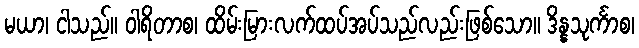
မယာ၊ ငါသည်။ ဝါရိတာစ၊ ထိမ်းမြားလက်ထပ်အပ်သည်လည်းဖြစ်သော။ ဒိန္နသုင်္ကာစ၊